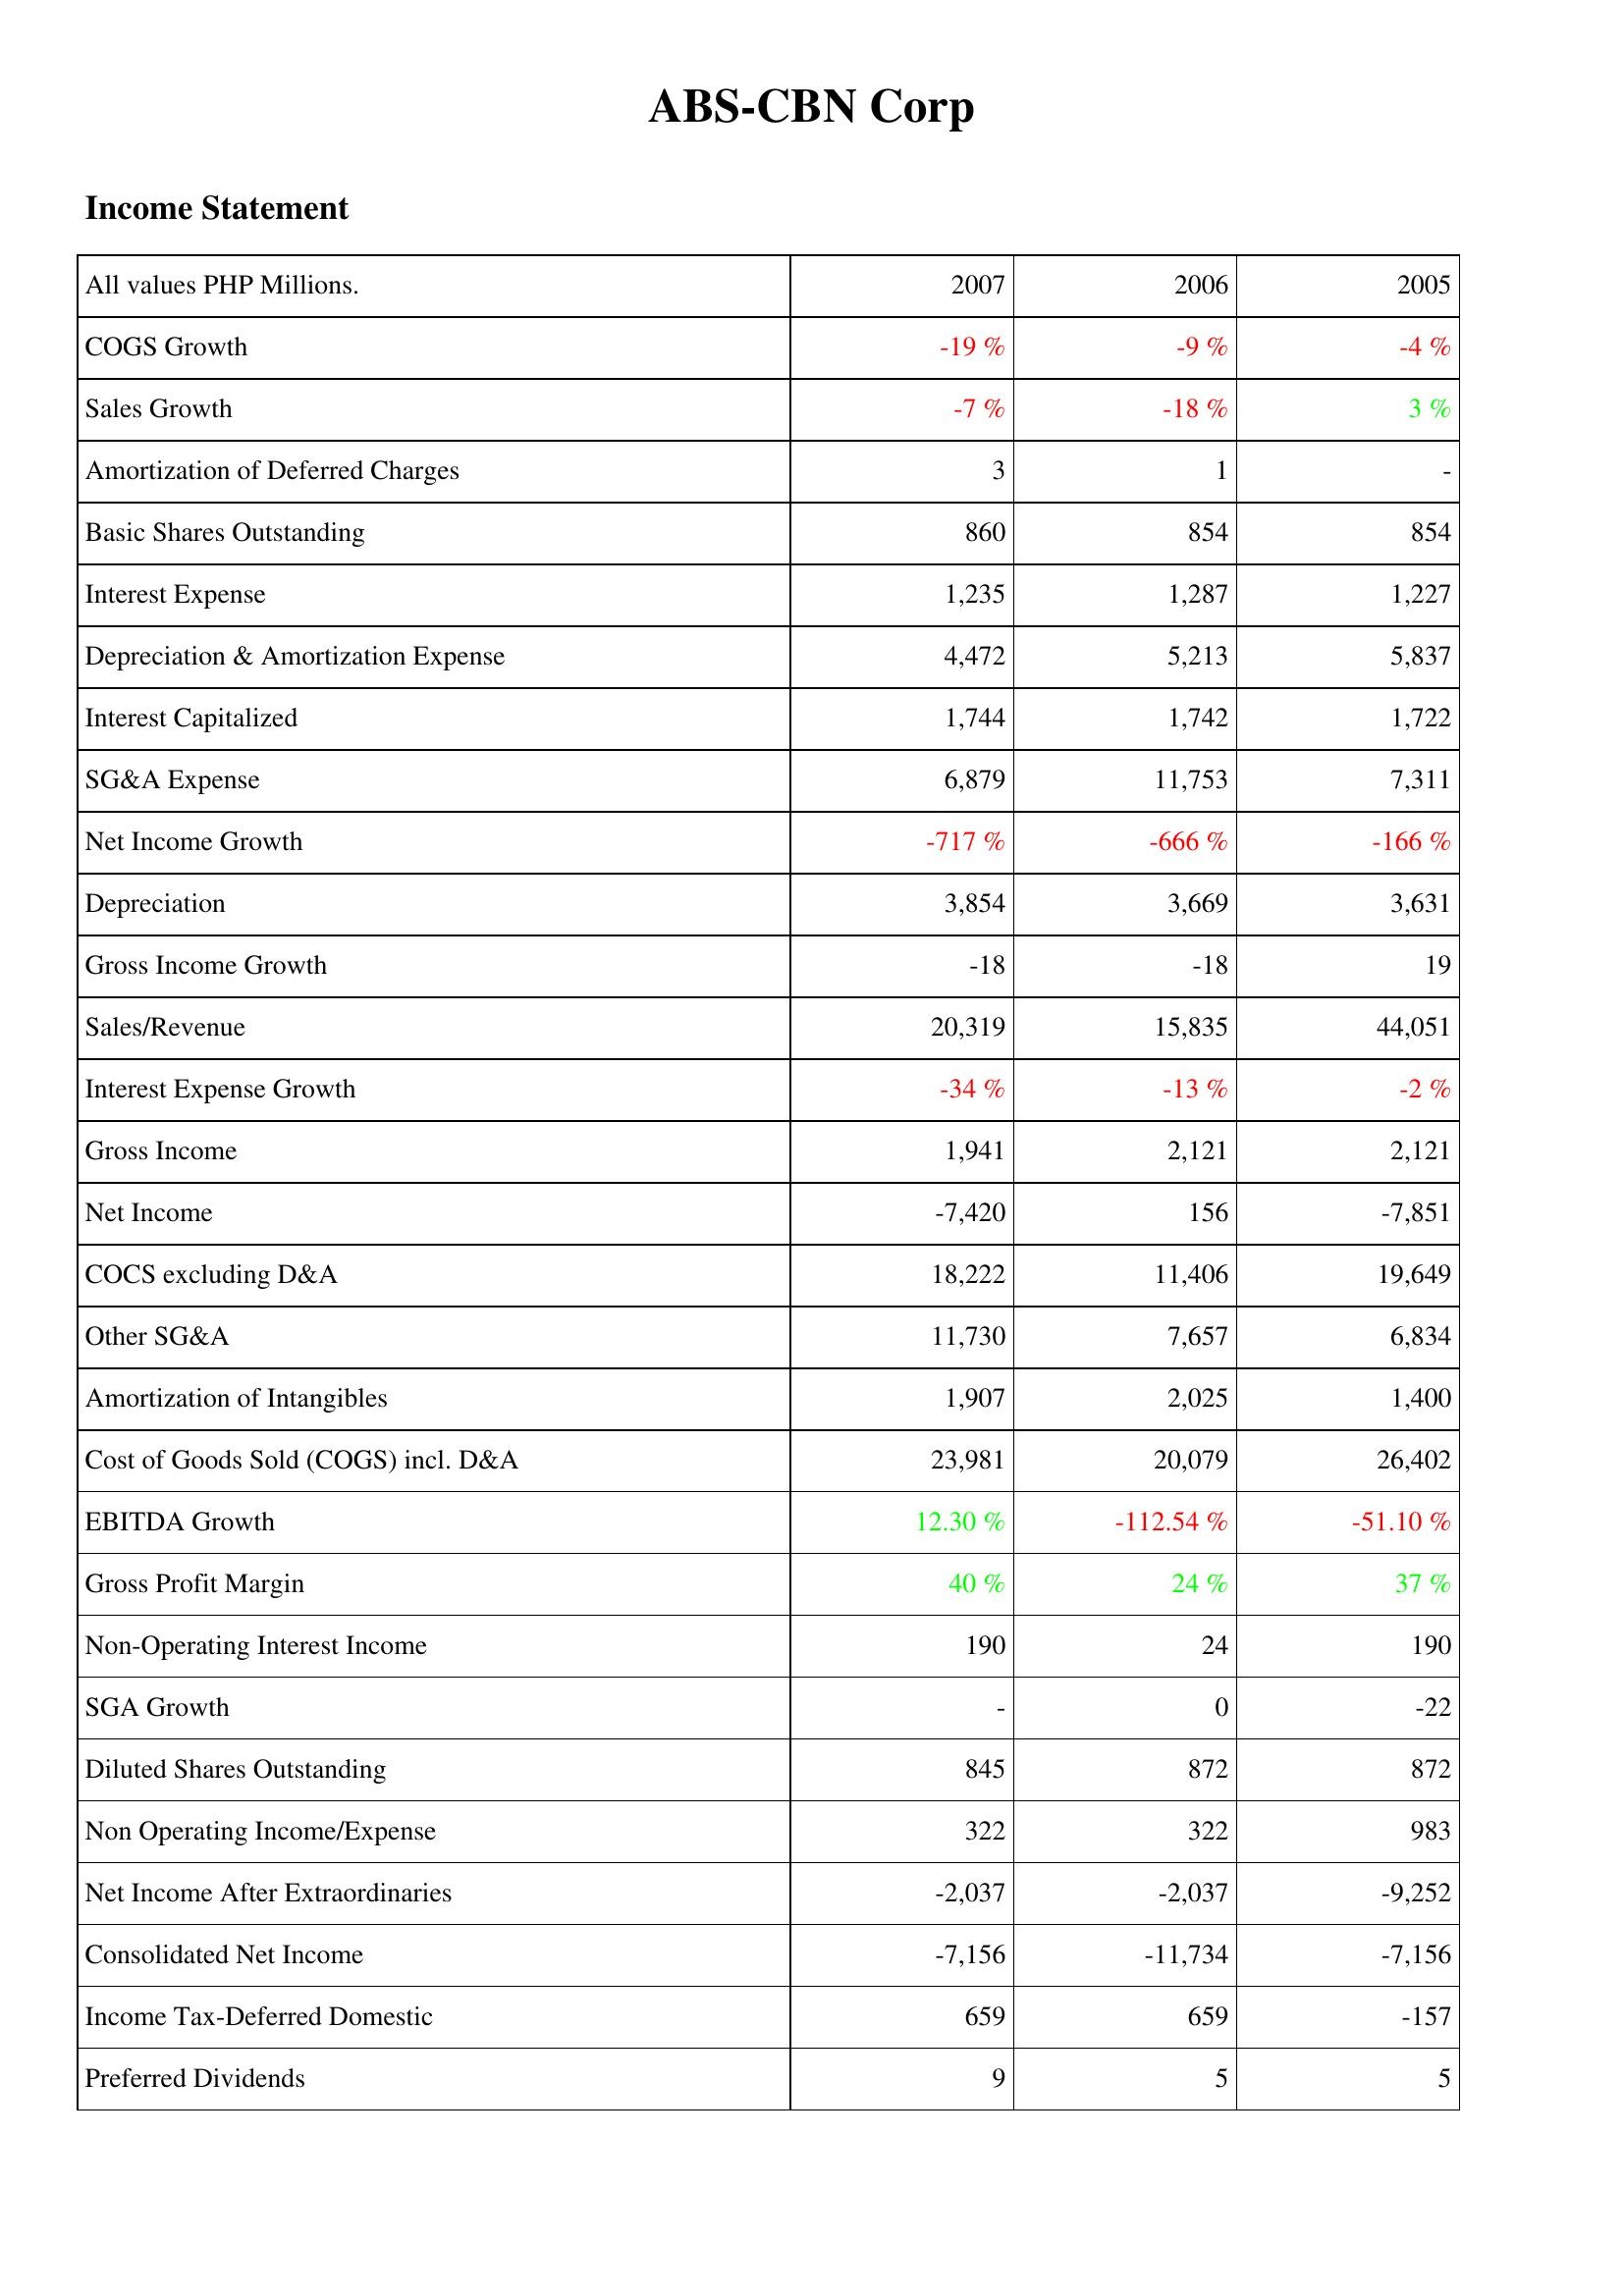
2007: Income Statement: COGS Growth: -19 %
Sales Growth: -7 %
Amortization of Deferred Charges: 3
Basic Shares Outstanding: 860
Interest Expense: 1,235
Depreciation & Amortization Expense: 4,472
Interest Capitalized: 1,744
SG&A Expense: 6,879
Net Income Growth: -717 %
Depreciation: 3,854
Gross Income Growth: -18
Sales/Revenue: 20,319
Interest Expense Growth: -34 %
Gross Income: 1,941
Net Income: -7,420
COCS excluding D&A: 18,222
Other SG&A: 11,730
Amortization of Intangibles: 1,907
Cost of Goods Sold (COGS) incl. D&A: 23,981
EBITDA Growth: 12.30 %
Gross Profit Margin: 40 %
Non-Operating Interest Income: 190
SGA Growth: -
Diluted Shares Outstanding: 845
Non Operating Income/Expense: 322
Net Income After Extraordinaries: -2,037
Consolidated Net Income: -7,156
Income Tax-Deferred Domestic: 659
Preferred Dividends: 9
2006: Income Statement: COGS Growth: -9 %
Sales Growth: -18 %
Amortization of Deferred Charges: 1
Basic Shares Outstanding: 854
Interest Expense: 1,287
Depreciation & Amortization Expense: 5,213
Interest Capitalized: 1,742
SG&A Expense: 11,753
Net Income Growth: -666 %
Depreciation: 3,669
Gross Income Growth: -18
Sales/Revenue: 15,835
Interest Expense Growth: -13 %
Gross Income: 2,121
Net Income: 156
COCS excluding D&A: 11,406
Other SG&A: 7,657
Amortization of Intangibles: 2,025
Cost of Goods Sold (COGS) incl. D&A: 20,079
EBITDA Growth: -112.54 %
Gross Profit Margin: 24 %
Non-Operating Interest Income: 24
SGA Growth: 0
Diluted Shares Outstanding: 872
Non Operating Income/Expense: 322
Net Income After Extraordinaries: -2,037
Consolidated Net Income: -11,734
Income Tax-Deferred Domestic: 659
Preferred Dividends: 5
2005: Income Statement: COGS Growth: -4 %
Sales Growth: 3 %
Amortization of Deferred Charges: -
Basic Shares Outstanding: 854
Interest Expense: 1,227
Depreciation & Amortization Expense: 5,837
Interest Capitalized: 1,722
SG&A Expense: 7,311
Net Income Growth: -166 %
Depreciation: 3,631
Gross Income Growth: 19
Sales/Revenue: 44,051
Interest Expense Growth: -2 %
Gross Income: 2,121
Net Income: -7,851
COCS excluding D&A: 19,649
Other SG&A: 6,834
Amortization of Intangibles: 1,400
Cost of Goods Sold (COGS) incl. D&A: 26,402
EBITDA Growth: -51.10 %
Gross Profit Margin: 37 %
Non-Operating Interest Income: 190
SGA Growth: -22
Diluted Shares Outstanding: 872
Non Operating Income/Expense: 983
Net Income After Extraordinaries: -9,252
Consolidated Net Income: -7,156
Income Tax-Deferred Domestic: -157
Preferred Dividends: 5